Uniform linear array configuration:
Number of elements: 24
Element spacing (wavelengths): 1
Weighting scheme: uniform
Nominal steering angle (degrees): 30
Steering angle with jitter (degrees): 31.699
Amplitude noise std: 0.05
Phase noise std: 0.05

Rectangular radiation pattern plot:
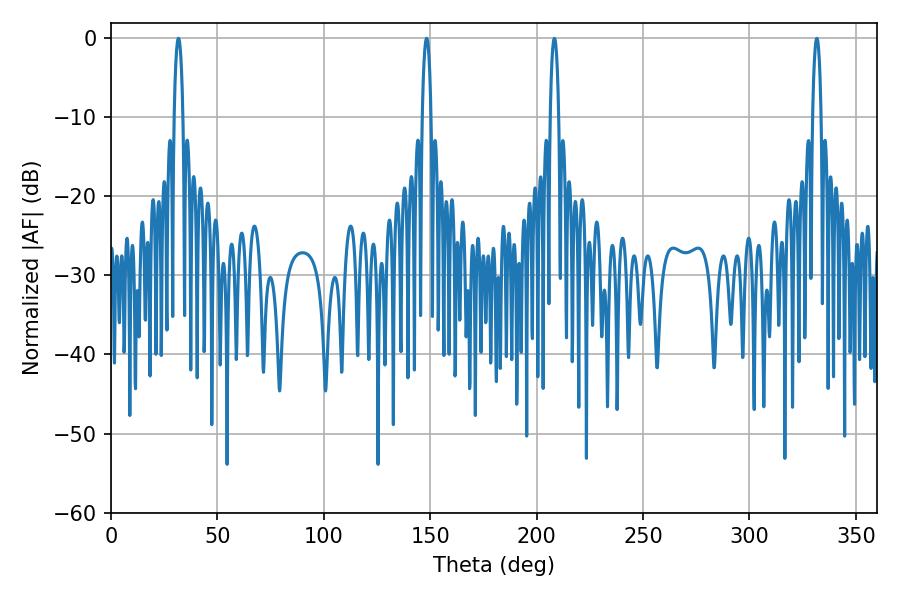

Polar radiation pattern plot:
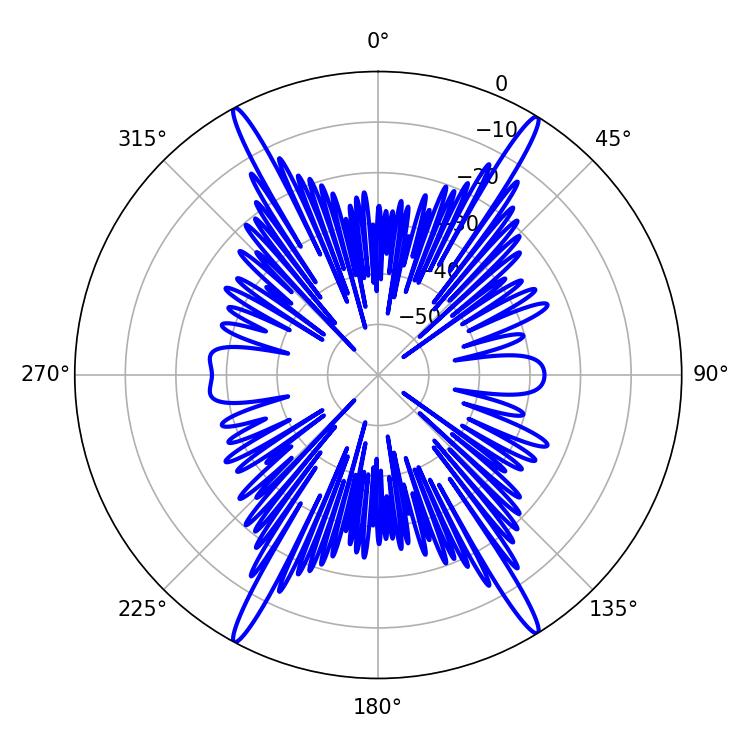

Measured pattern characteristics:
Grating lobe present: TRUE
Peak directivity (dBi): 24.929
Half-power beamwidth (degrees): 2.16
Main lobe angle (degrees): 31.68